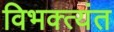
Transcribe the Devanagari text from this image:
विभक्त्यंत